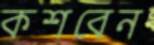
কশবেন